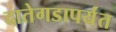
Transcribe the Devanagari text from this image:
दातेगडापर्यंत